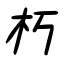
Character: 朽